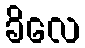
ခိလေ